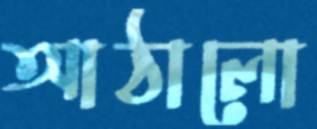
আঠালো